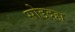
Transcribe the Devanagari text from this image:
सोडदहा